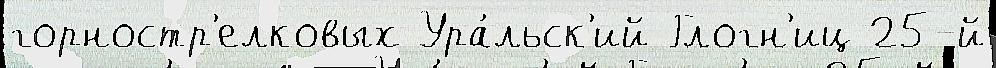
горностр'елковых Ура́льск'ий Глогн'иц 25-й